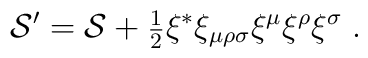
{\cal S}' = {\cal S} + \mbox{\small{$\frac{1}{2}$}}\xi^* \xi_{\mu \rho \sigma} \xi^{\mu} \xi^{\rho} \xi^{\sigma} \;.